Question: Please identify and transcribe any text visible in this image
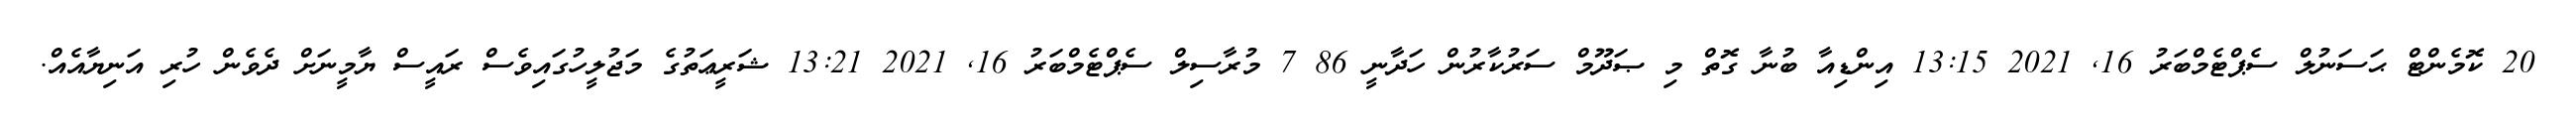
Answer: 20 ކޮމެންޓް ޙަސަނުލް ސެޕްޓެމްބަރު 16, 2021 13:15 އިންޑިއާ ބުނާ ގޮތް މި ޞަދޫމް ސަރުކާރުން ހަދާނީ 86 7 މުރާސިލް ސެޕްޓެމްބަރު 16, 2021 13:21 ޝަރީޢަތުގެ މަޖުލީހުގައިވެސް ރައީސް ޔާމީނަށް ދެވެން ހުރި އަނިޔާއެއް.